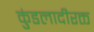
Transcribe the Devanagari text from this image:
कुंडलादीरक्त